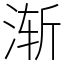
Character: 渐